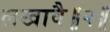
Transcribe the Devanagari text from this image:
लखावै॥२॥